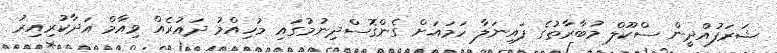
ޝަރަފުއްދީން ސްކޫލް މުބާރާތުގެ ފައިނަލާ ހަމައަށް ގެންގޮސްދިނުމުގައި މުހިއްމު ދައުރެއް ވިއާމް އަދާކުރިއިރު